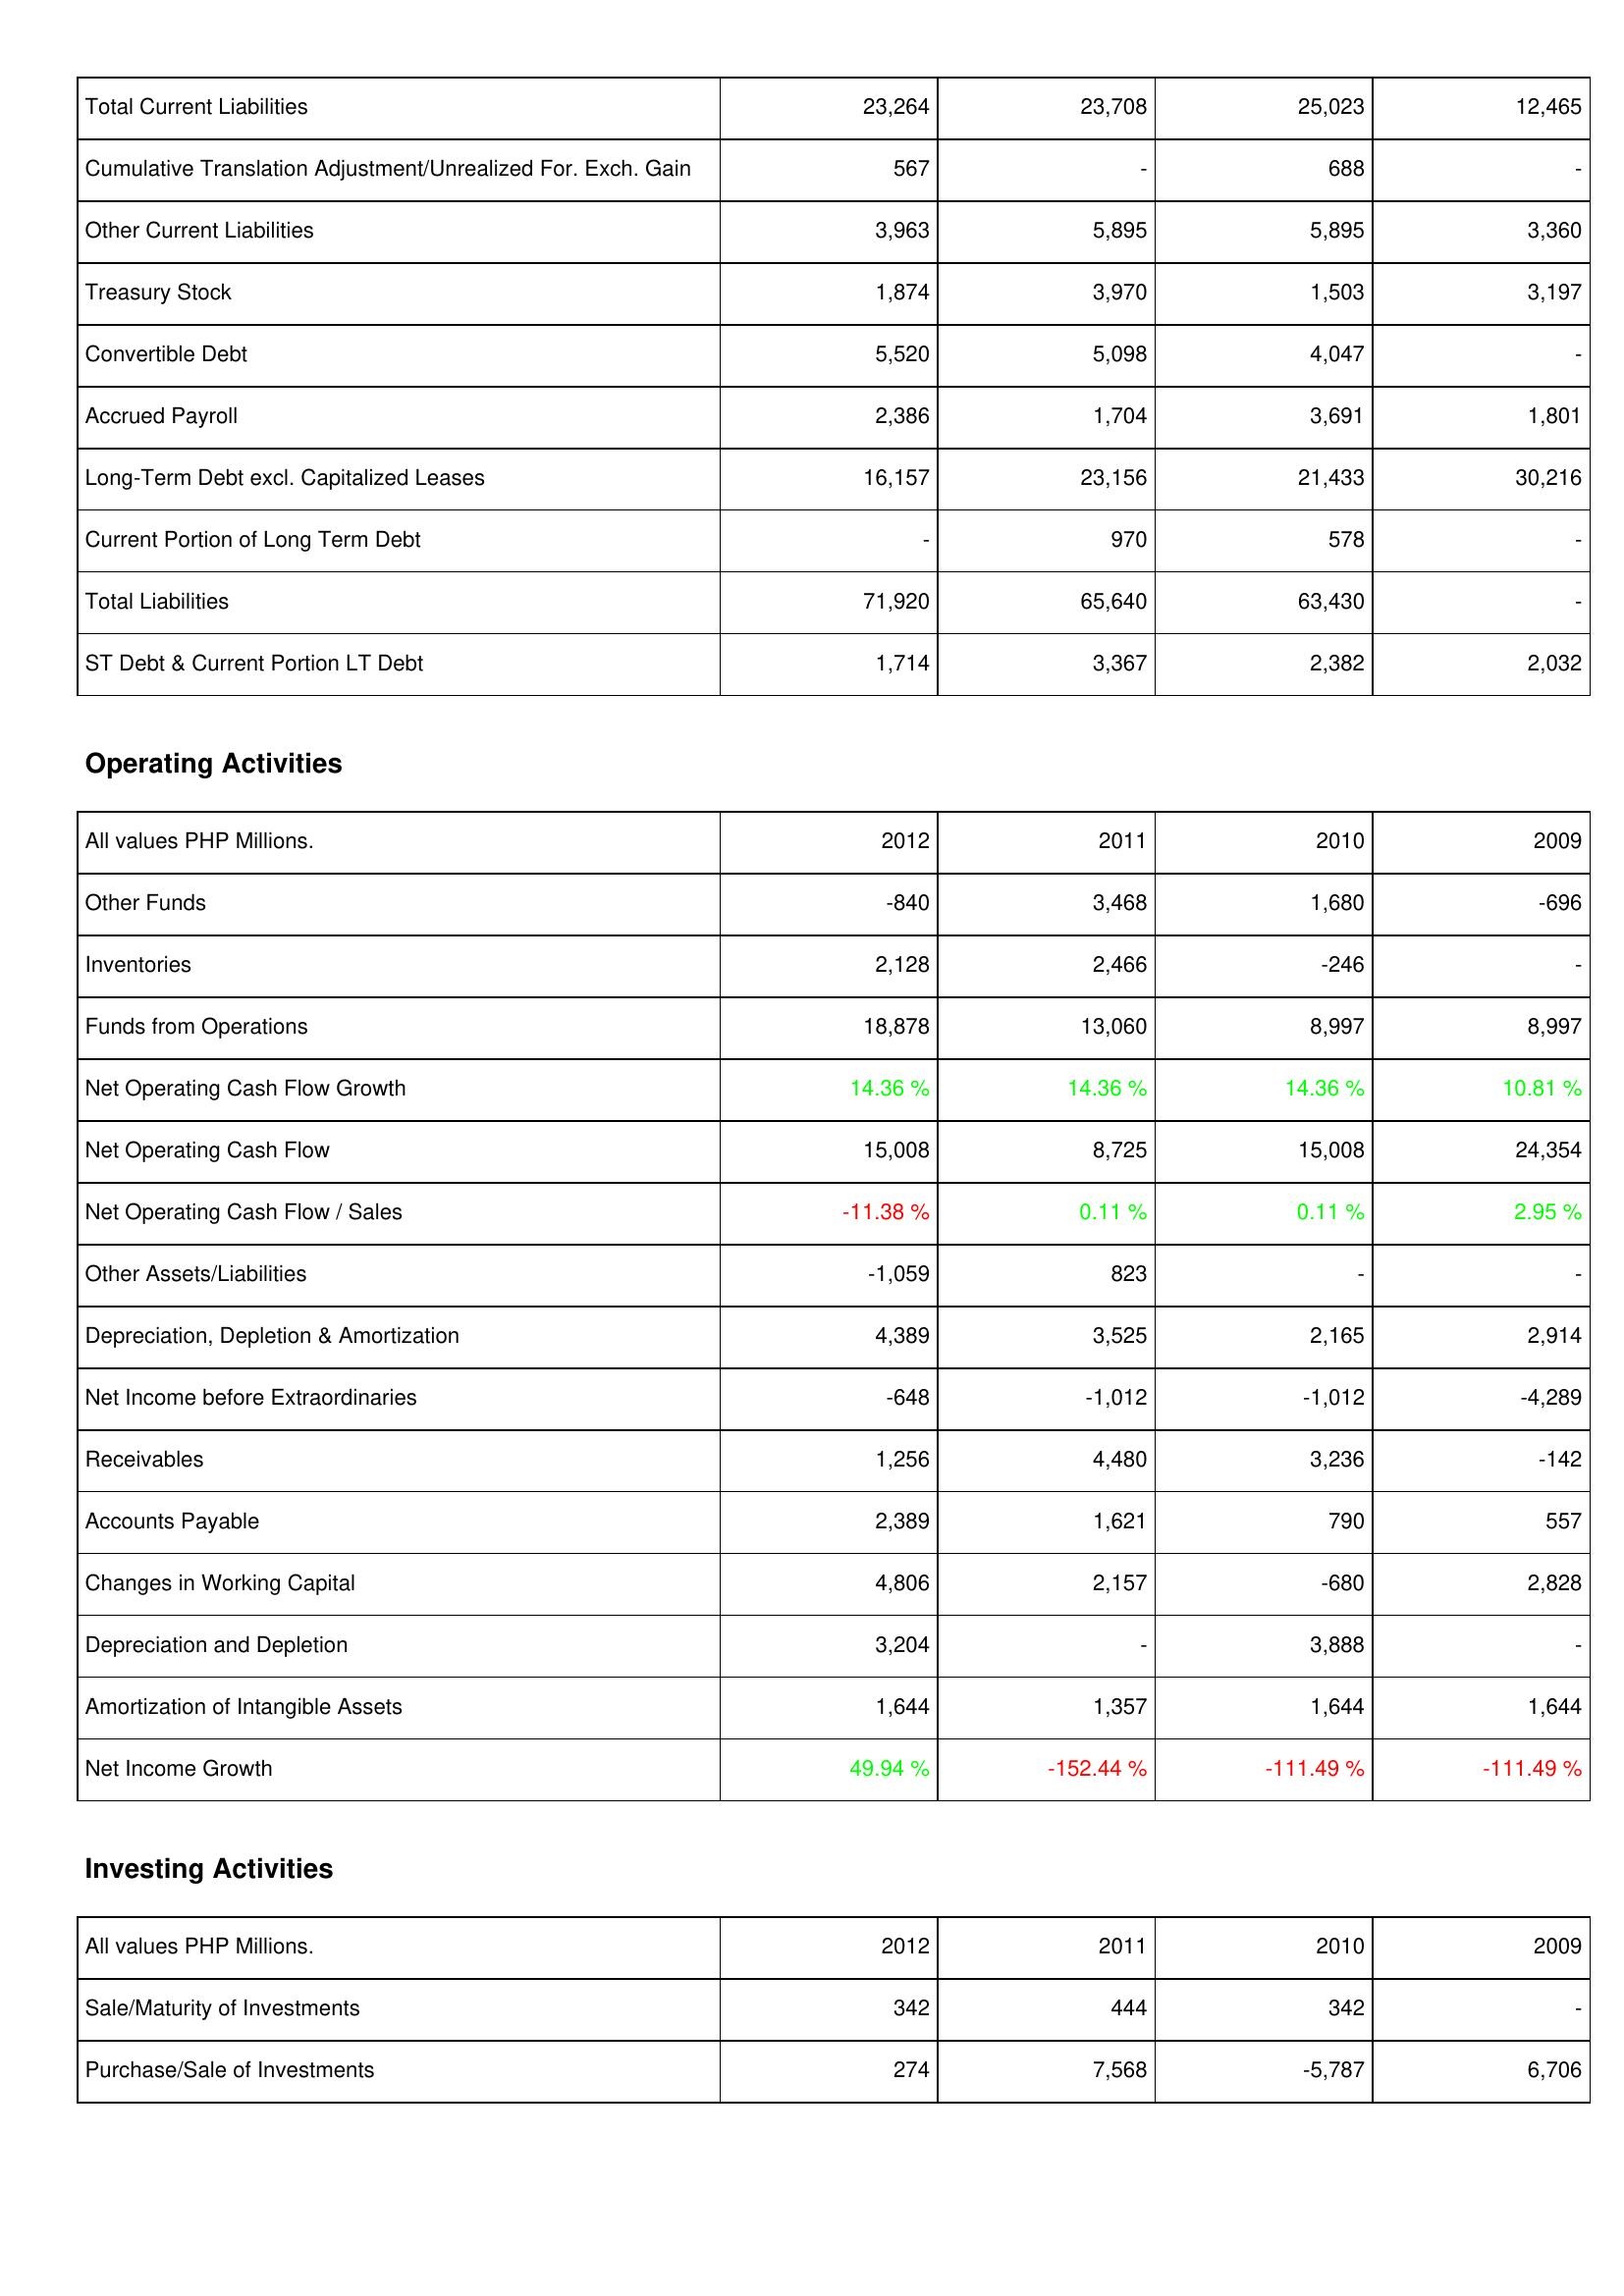
2012: Liabilities & Shareholders' Equity: Total Current Liabilities: 23,264
Cumulative Translation Adjustment/Unrealized For. Exch. Gain: 567
Other Current Liabilities: 3,963
Treasury Stock: 1,874
Convertible Debt: 5,520
Accrued Payroll: 2,386
Long-Term Debt excl. Capitalized Leases: 16,157
Current Portion of Long Term Debt: -
Total Liabilities: 71,920
ST Debt & Current Portion LT Debt: 1,714
Operating Activities: Other Funds: -840
Inventories: 2,128
Funds from Operations: 18,878
Net Operating Cash Flow Growth: 14.36 %
Net Operating Cash Flow: 15,008
Net Operating Cash Flow / Sales: -11.38 %
Other Assets/Liabilities: -1,059
Depreciation, Depletion & Amortization: 4,389
Net Income before Extraordinaries: -648
Receivables: 1,256
Accounts Payable: 2,389
Changes in Working Capital: 4,806
Depreciation and Depletion: 3,204
Amortization of Intangible Assets: 1,644
Net Income Growth: 49.94 %
Investing Activities: Sale/Maturity of Investments: 342
Purchase/Sale of Investments: 274
2011: Liabilities & Shareholders' Equity: Total Current Liabilities: 23,708
Cumulative Translation Adjustment/Unrealized For. Exch. Gain: -
Other Current Liabilities: 5,895
Treasury Stock: 3,970
Convertible Debt: 5,098
Accrued Payroll: 1,704
Long-Term Debt excl. Capitalized Leases: 23,156
Current Portion of Long Term Debt: 970
Total Liabilities: 65,640
ST Debt & Current Portion LT Debt: 3,367
Operating Activities: Other Funds: 3,468
Inventories: 2,466
Funds from Operations: 13,060
Net Operating Cash Flow Growth: 14.36 %
Net Operating Cash Flow: 8,725
Net Operating Cash Flow / Sales: 0.11 %
Other Assets/Liabilities: 823
Depreciation, Depletion & Amortization: 3,525
Net Income before Extraordinaries: -1,012
Receivables: 4,480
Accounts Payable: 1,621
Changes in Working Capital: 2,157
Depreciation and Depletion: -
Amortization of Intangible Assets: 1,357
Net Income Growth: -152.44 %
Investing Activities: Sale/Maturity of Investments: 444
Purchase/Sale of Investments: 7,568
2010: Liabilities & Shareholders' Equity: Total Current Liabilities: 25,023
Cumulative Translation Adjustment/Unrealized For. Exch. Gain: 688
Other Current Liabilities: 5,895
Treasury Stock: 1,503
Convertible Debt: 4,047
Accrued Payroll: 3,691
Long-Term Debt excl. Capitalized Leases: 21,433
Current Portion of Long Term Debt: 578
Total Liabilities: 63,430
ST Debt & Current Portion LT Debt: 2,382
Operating Activities: Other Funds: 1,680
Inventories: -246
Funds from Operations: 8,997
Net Operating Cash Flow Growth: 14.36 %
Net Operating Cash Flow: 15,008
Net Operating Cash Flow / Sales: 0.11 %
Other Assets/Liabilities: -
Depreciation, Depletion & Amortization: 2,165
Net Income before Extraordinaries: -1,012
Receivables: 3,236
Accounts Payable: 790
Changes in Working Capital: -680
Depreciation and Depletion: 3,888
Amortization of Intangible Assets: 1,644
Net Income Growth: -111.49 %
Investing Activities: Sale/Maturity of Investments: 342
Purchase/Sale of Investments: -5,787
2009: Liabilities & Shareholders' Equity: Total Current Liabilities: 12,465
Cumulative Translation Adjustment/Unrealized For. Exch. Gain: -
Other Current Liabilities: 3,360
Treasury Stock: 3,197
Convertible Debt: -
Accrued Payroll: 1,801
Long-Term Debt excl. Capitalized Leases: 30,216
Current Portion of Long Term Debt: -
Total Liabilities: -
ST Debt & Current Portion LT Debt: 2,032
Operating Activities: Other Funds: -696
Inventories: -
Funds from Operations: 8,997
Net Operating Cash Flow Growth: 10.81 %
Net Operating Cash Flow: 24,354
Net Operating Cash Flow / Sales: 2.95 %
Other Assets/Liabilities: -
Depreciation, Depletion & Amortization: 2,914
Net Income before Extraordinaries: -4,289
Receivables: -142
Accounts Payable: 557
Changes in Working Capital: 2,828
Depreciation and Depletion: -
Amortization of Intangible Assets: 1,644
Net Income Growth: -111.49 %
Investing Activities: Sale/Maturity of Investments: -
Purchase/Sale of Investments: 6,706